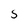
Character: 5